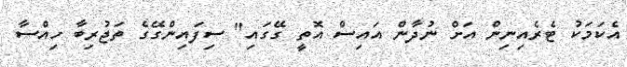
އެކަމަކު ޓެރެއިނިން އަށް ނުދާން އައިސް އޮތީ ގޭގައި" ސިފައިންގޭގެ ތަޖުރިބާ ހިއްސާ